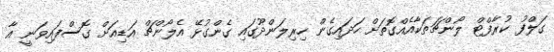
ގަލްފު ކުރާފްޓް ލޯންޗަތަކާއެއްގޮތަށް ހަދައިގެން ހިރިލަންދޫގައި ގެންގުޅޭ އެލޯންޗް އަޑިއަށް ގޮސްފައިވަނީ އާ